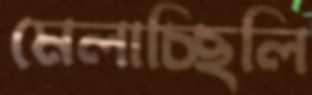
মেলাচ্ছিলি